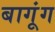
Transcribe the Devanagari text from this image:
बागूंग